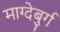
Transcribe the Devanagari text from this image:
माग्देबुर्ग